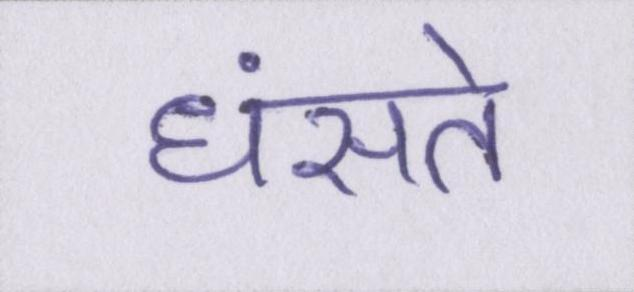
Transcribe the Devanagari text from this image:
धंसते